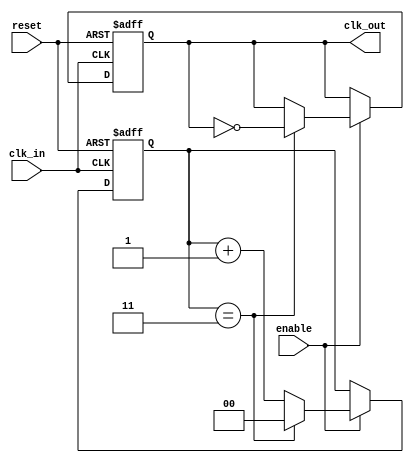
module clock_divider_buffer #(
    parameter N = 4  // Division factor (configurable)
)(
    input wire clk_in,      // Input clock signal
    input wire reset,       // Asynchronous reset signal
    input wire enable,      // Enable signal for the output clock
    output reg clk_out      // Output clock signal
);

    reg [$clog2(N)-1:0] counter; // Counter to keep track of clock cycles

    // Synchronization process
    always @(posedge clk_in or posedge reset) begin
        if (reset) begin
            counter <= 0;
            clk_out <= 1'b0;          // Initialize output clock to low on reset
        end else if (enable) begin
            if (counter == N-1) begin
                clk_out <= ~clk_out;  // Toggle the output clock
                counter <= 0;          // Reset the counter
            end else begin
                counter <= counter + 1; // Increment the counter
            end
        end
    end

endmodule